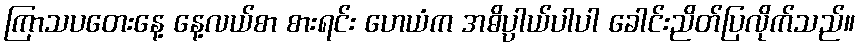
ကြာသပတေးနေ့ နေ့လယ်စာ စားရင်း ဟေယံက အဓိပ္ပာယ်ပါပါ ခေါင်းညိတ်ပြလိုက်သည်။